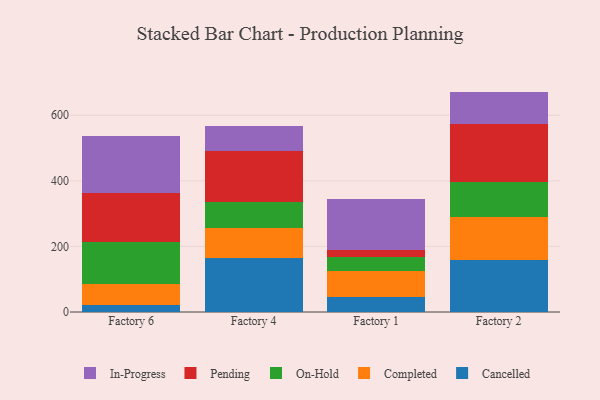
{"axis": {"x": "Factory", "y": "Inventory Turnover"}, "legend": ["Cancelled", "Completed", "In-Progress", "On-Hold", "Pending"], "data": [{"x": "Factory 6", "y": 19.9, "type": "Cancelled"}, {"x": "Factory 6", "y": 65.8, "type": "Completed"}, {"x": "Factory 6", "y": 128.6, "type": "On-Hold"}, {"x": "Factory 6", "y": 147.7, "type": "Pending"}, {"x": "Factory 6", "y": 176.1, "type": "In-Progress"}, {"x": "Factory 4", "y": 165.8, "type": "Cancelled"}, {"x": "Factory 4", "y": 91.6, "type": "Completed"}, {"x": "Factory 4", "y": 77.6, "type": "On-Hold"}, {"x": "Factory 4", "y": 156.0, "type": "Pending"}, {"x": "Factory 4", "y": 76.7, "type": "In-Progress"}, {"x": "Factory 1", "y": 45.8, "type": "Cancelled"}, {"x": "Factory 1", "y": 78.8, "type": "Completed"}, {"x": "Factory 1", "y": 42.8, "type": "On-Hold"}, {"x": "Factory 1", "y": 22.1, "type": "Pending"}, {"x": "Factory 1", "y": 153.9, "type": "In-Progress"}, {"x": "Factory 2", "y": 157.8, "type": "Cancelled"}, {"x": "Factory 2", "y": 131.9, "type": "Completed"}, {"x": "Factory 2", "y": 106.6, "type": "On-Hold"}, {"x": "Factory 2", "y": 177.9, "type": "Pending"}, {"x": "Factory 2", "y": 98.0, "type": "In-Progress"}]}